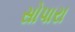
સોપારા